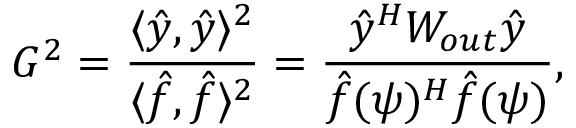
G ^ { 2 } = \frac { \langle \hat { y } , \hat { y } \rangle ^ { 2 } } { \langle \hat { f } , \hat { f } \rangle ^ { 2 } } = \frac { \hat { y } ^ { H } W _ { o u t } \hat { y } } { \hat { f } ( \psi ) ^ { H } \hat { f } ( \psi ) } ,